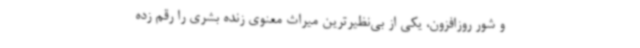
و شور روزافزون، یکی از بی‌نظیرترین میراث معنوی زنده بشری را رقم زده